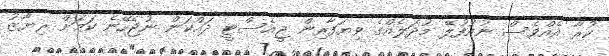
ކުރާ އެއްވެސް ނުއުފުލޭ މުދަލެއްގެ ވިޔަފާރިން ޖީއެސްޓީ ދައްކަން ނުޖެހޭނެ ކަމަށް ރިޔާޒު